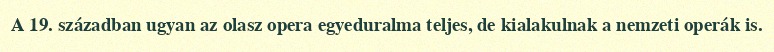
A 19. században ugyan az olasz opera egyeduralma teljes, de kialakulnak a nemzeti operák is.